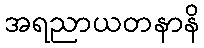
အရညာယတနာနိ